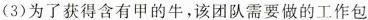
(3)为了获得含有甲的牛，该团队需要做的工作包